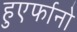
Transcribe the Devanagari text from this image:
हुएर्फानो